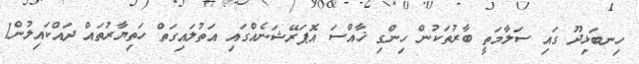
ހިނބަޅިދޫ ގައި ސަލާމަތީ ބާރުތަކުން ހިންގި ޚާއްސަ އޮޕަރޭޝަނެއްގައި އަތުލައިގަތް ހަތިޔާރުތައް ދައްކައިލުން1